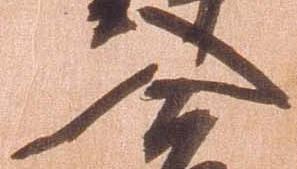
入